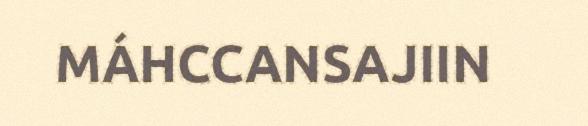
MÁHCCANSAJIIN